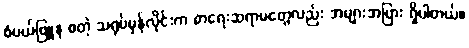
စံပယ်ဖြူနု စတဲ့ သရုပ်မှန်လိုင်းက စာရေးဆရာမတွေလည်း အများအပြား ရှိပါတယ်။